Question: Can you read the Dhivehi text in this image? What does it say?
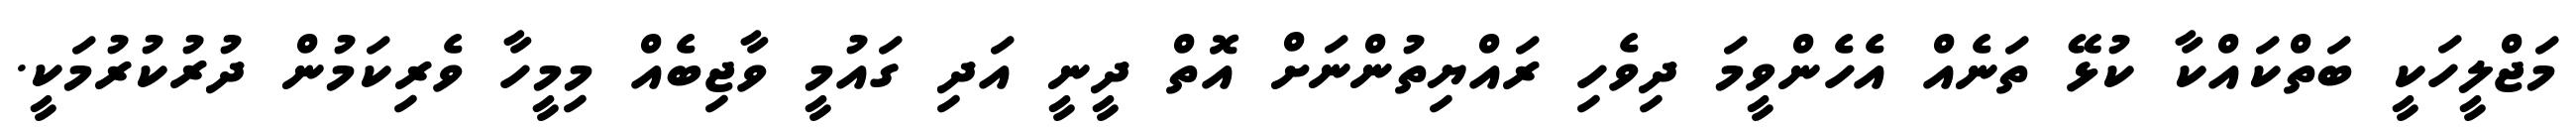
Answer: މަޖްލީހަކީ ބަތްކައްކާ ކުޅޭ ތަނެއް އެހެންވީމަ ދިވެހި ރައްޔިތުންނަށް އޮތް ދީނީ އަދި ގައުމީ ވާޖިބެއް މިމީހާ ވެރިކަމުން ދުރުކުރުމަކީ.